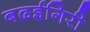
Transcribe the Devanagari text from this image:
बढईगिरी